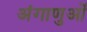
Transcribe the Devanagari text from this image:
अंगाणुओं